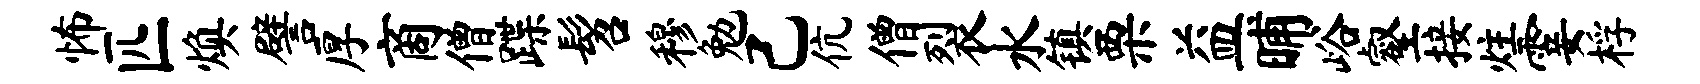
怖匹焕譬厚商僧蹀髫穆勉己伉僧裂水镇栗益晡峪壑接炷霎桴